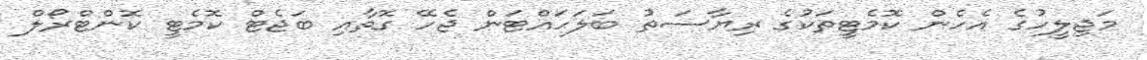
މަޖިލީހުގެ އެހެން ކޮމެޓީތަކުގެ ރިޔާސަތު ބަލަހައްޓަން ޖެހޭ ގޮތާއި ބަޖެޓް ކޮމެޓީ ކޮންޓްރޯލް